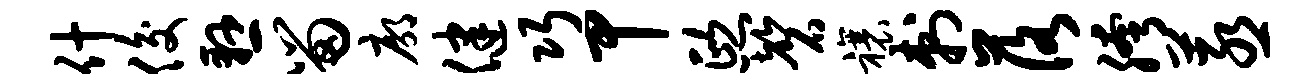
什俊悬留廓健巧甲熙磬禳刺落胯蒸